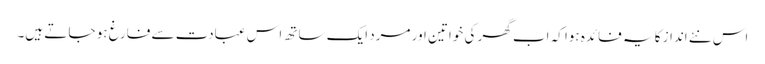
اس نئے انداز کا یہ فائدہ ہوا کہ اب گھر کی خواتین اور مرد ایک ساتھ اس عبادت سے فارغ ہو جا تے ہیں۔